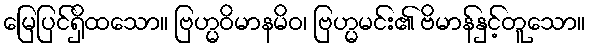
မြေပြင်ရှိထသော။ ဗြဟ္မဝိမာနမိဝ၊ ဗြဟ္မမင်း၏ ဗိမာန်နှင့်တူသော။